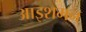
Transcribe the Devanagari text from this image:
आइशमन